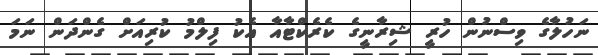
ނަހުލާގެ ވިސްނުން ހުރީ ޝިރާނީގެ ކެރެކްޓާއާ އެކު ފިލްމު ކުރިއަށް ގެންދަން ނަމަ